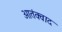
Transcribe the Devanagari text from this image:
आतंक्वाद